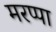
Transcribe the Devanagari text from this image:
मरप्पा